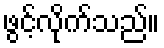
ဖွင့်လိုက်သည်။